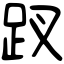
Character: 䟕